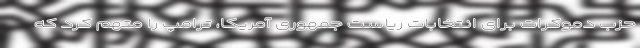
حزب دموکرات برای انتخابات ریاست جمهوری آمریکا، ترامپ را متهم کرد که